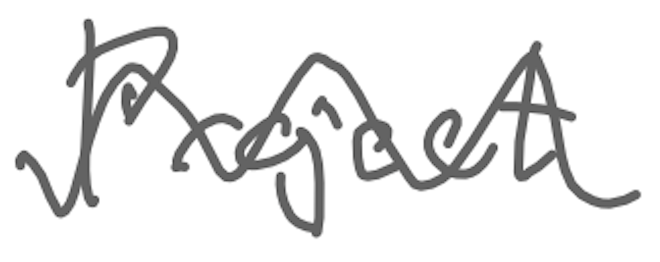
Text: Project
Cross-out: wave
Writing tool: digital_gray